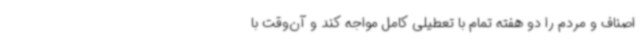
اصناف و مردم را دو هفته تمام با تعطیلی کامل مواجه کند و آن‌وقت با